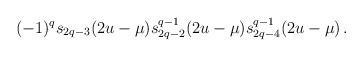
\begin{align*}(-1)^q s_{2q-3}(2u-\mu) s_{2q-2}^{q-1}(2u-\mu)s_{2q-4}^{q-1}(2u-\mu)\, .\end{align*}